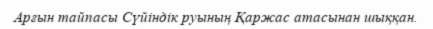
Арғын тайпасы Сүйіндік руының Қаржас атасынан шыққан.